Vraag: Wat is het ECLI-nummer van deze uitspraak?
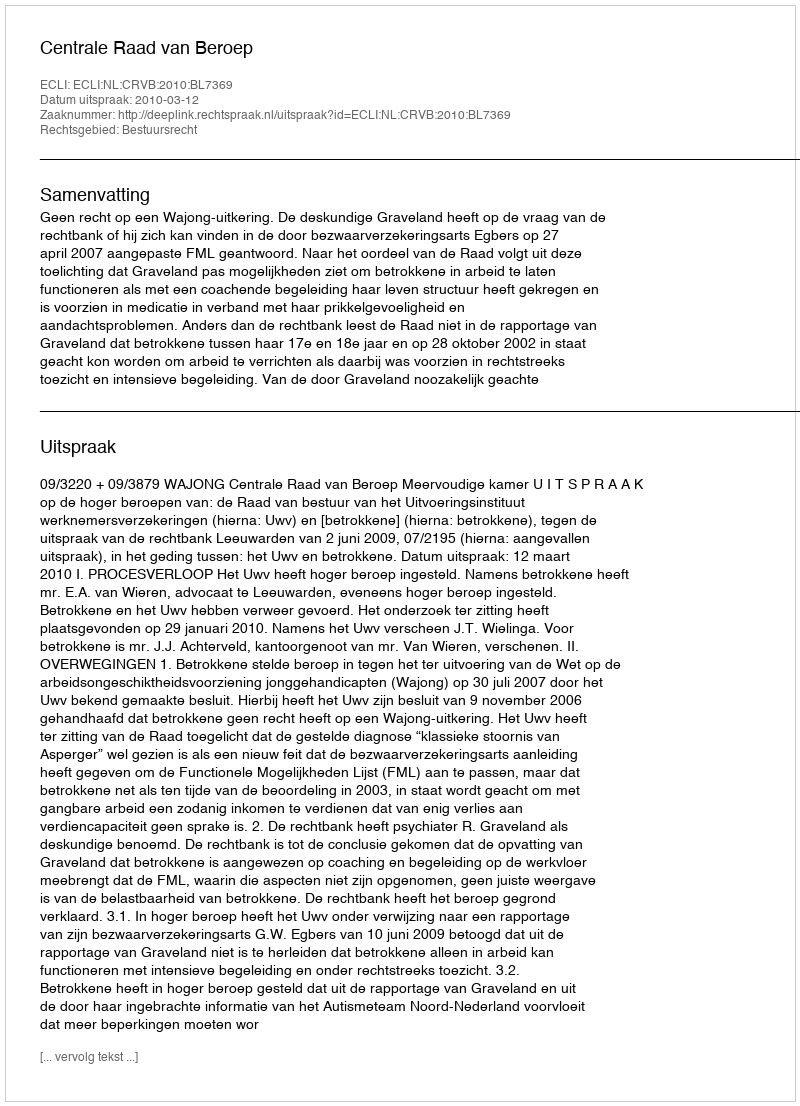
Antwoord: ECLI:NL:CRVB:2010:BL7369